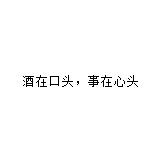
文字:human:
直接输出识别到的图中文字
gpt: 酒在口头，事在心头